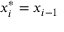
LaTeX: x _ { i } ^ { * } = x _ { i - 1 }